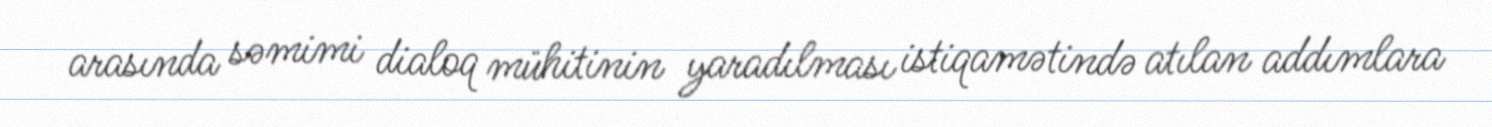
arasında səmimi dialoq mühitinin yaradılması istiqamətində atılan addımlara